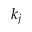
k _ { j }